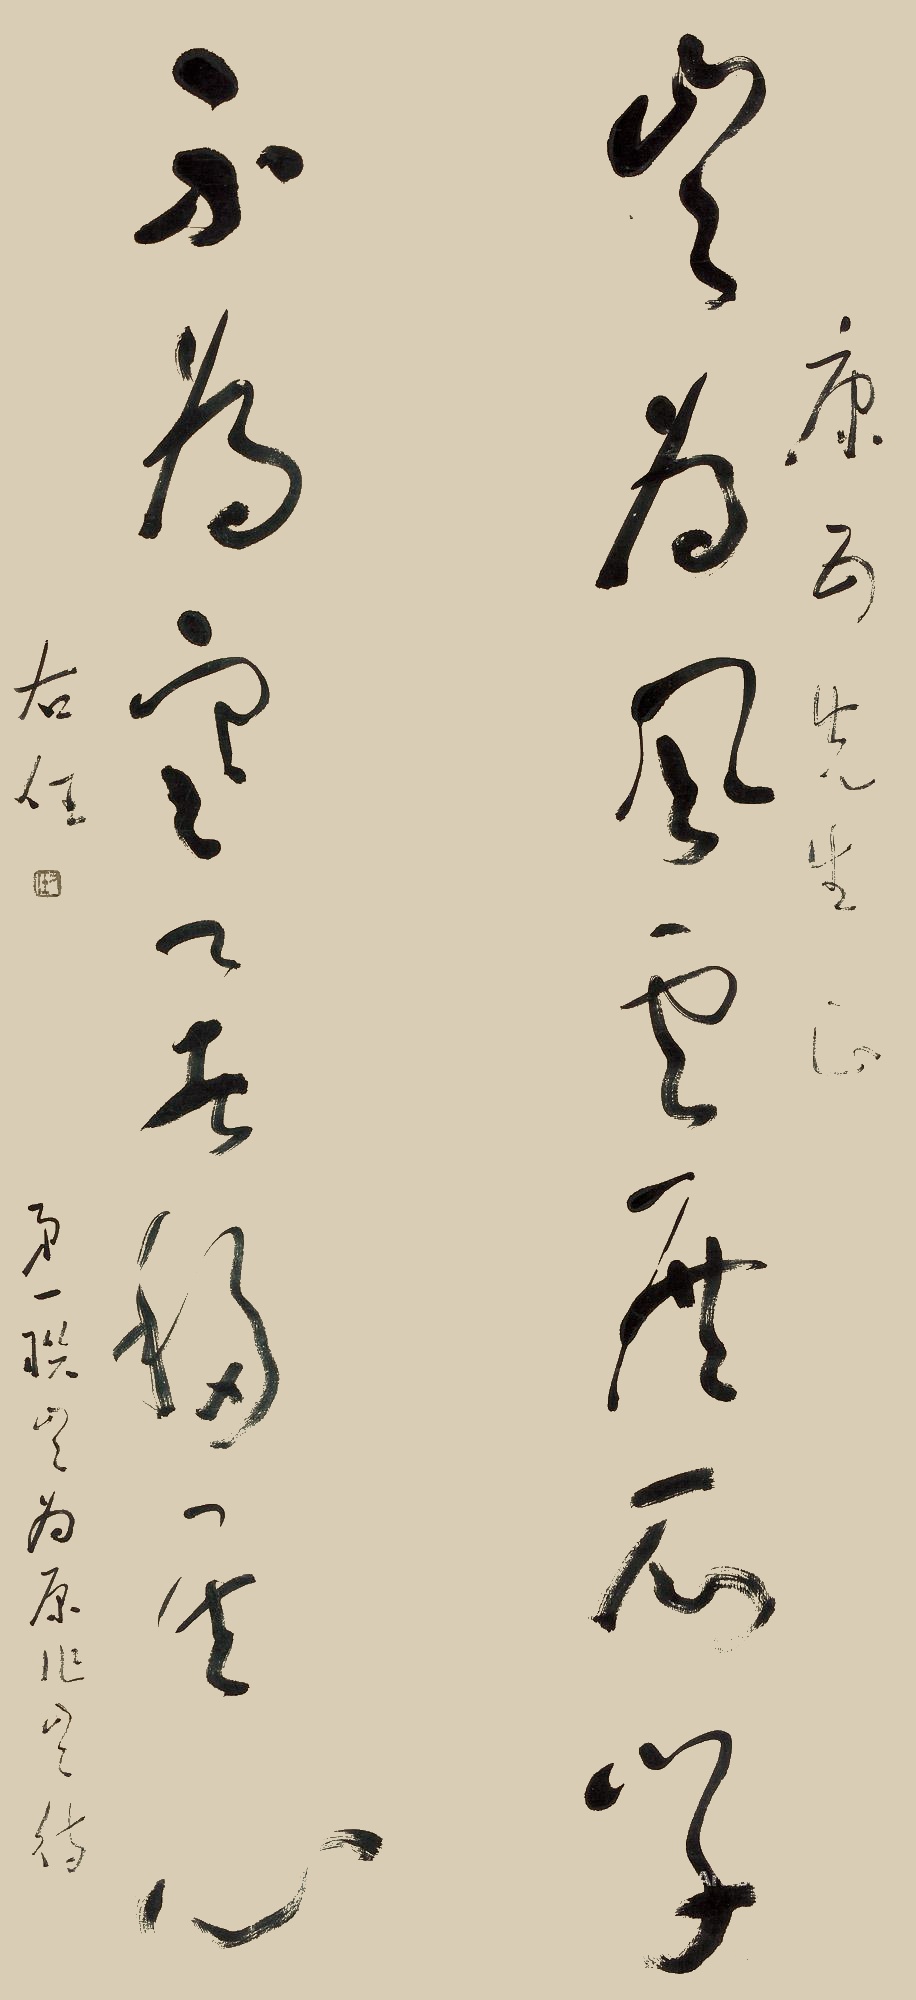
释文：岂为风云展所学，不为寒暑移其心。康五先生正，右任。第一联「岂为」原作岂待。